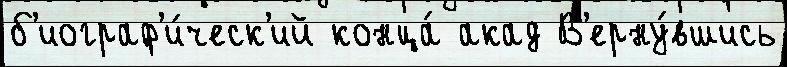
б'иограф'и́ческ'ий конца́ акад В'ерну́вшись